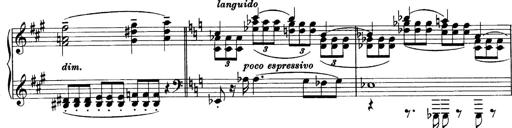
Title: Sonatina No.6
Composer: Ferruccio Busoni